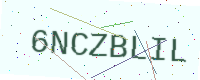
Text: 6NCZBLIL